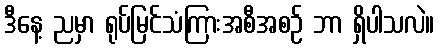
ဒီနေ့ ညမှာ ရုပ်မြင်သံကြားအစီအစဉ် ဘာ ရှိပါသလဲ။